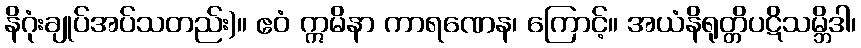
နိဂုံးချုပ်အပ်သတည်း)။ ဧဝံ ဣမိနာ ကာရဏေန၊ ကြောင့်။ အယံနိရုတ္တိပဋိသမ္ဘိဒါ၊